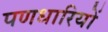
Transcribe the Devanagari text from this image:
पणधारियों